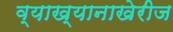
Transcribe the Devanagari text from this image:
व्याख्यानाखेरीज